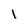
Character: 1